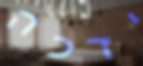
ידכה